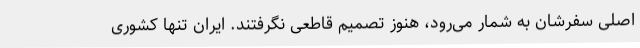
اصلی سفرشان به شمار می‌رود، هنوز تصمیم قاطعی نگرفتند. ایران تنها کشوری